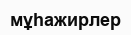
мұһажирлер